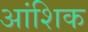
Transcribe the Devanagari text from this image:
अांशिक